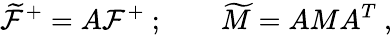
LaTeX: \widetilde{\cal F}^{+}=A{\cal F}^{+}\ ;\qquad\widetilde M=AMA^{T}\ ,